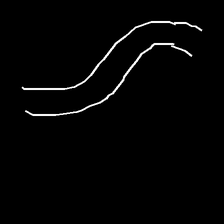
Glyph: float